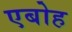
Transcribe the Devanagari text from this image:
एबोह